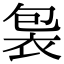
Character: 𧙘